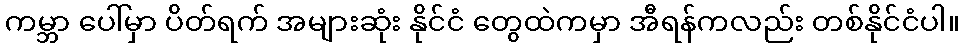
ကမ္ဘာ ပေါ်မှာ ပိတ်ရက် အများဆုံး နိုင်ငံ တွေထဲကမှာ အီရန်ကလည်း တစ်နိုင်ငံပါ။